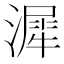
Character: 漽